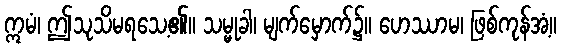
ဣမံ၊ ဤသုသိမရသေ့၏။ သမ္မုခါ၊ မျက်မှောက်၌။ ဟေဿာမ၊ ဖြစ်ကုန်အံ့။